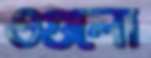
ওগুলো